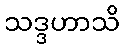
သဒ္ဒဟာသိ